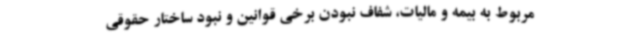
مربوط به بیمه و مالیات، شفاف نبودن برخی قوانین و نبود ساختار حقوقی